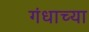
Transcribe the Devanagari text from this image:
गंधाच्या